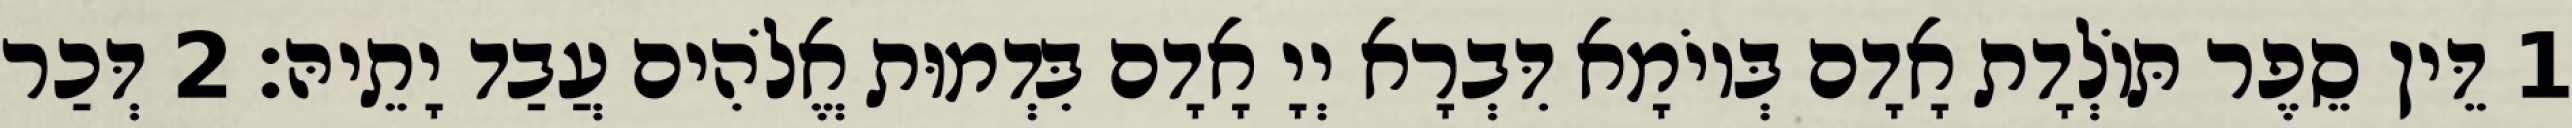
1 דֵּין סֵפֶר תּוֹלְדָת אָדָם בְּיוֹמָא דִּבְרָא יְיָ אָדָם בִּדְמוּת אֱלֹהִים עֲבַד יָתֵיהּ׃ 2 דְּכַר